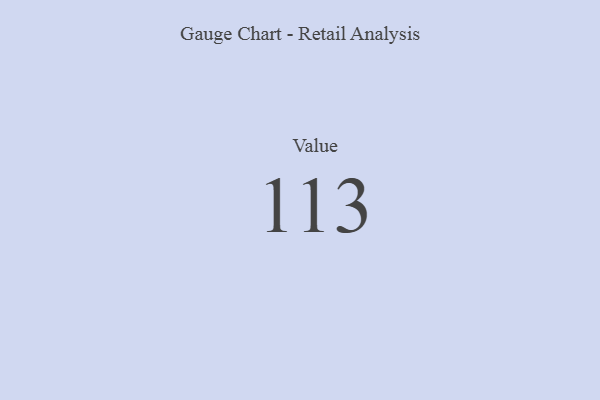
{"axis": {"x": "Metric", "y": "Value"}, "legend": [""], "data": [{"x": "Value", "y": 113, "type": ""}]}